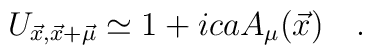
U_{\vec{x},\vec{x}+\vec{\mu}}\simeq 1+icaA_{\mu}(\vec{x})\quad .